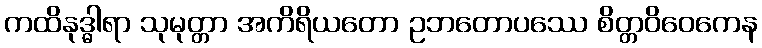
ကထိနုဒ္ဓါရာ သုမုတ္တာ အကိရိယတော ဥဘတောပဿေ စိတ္တဝိဝေကေန